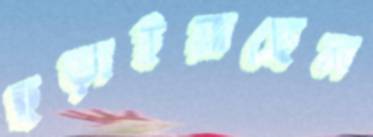
ছড়াইয়াছেন